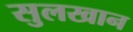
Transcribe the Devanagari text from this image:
सुलखान